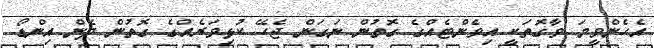
އެހެންވީމަ ވާގޮތަކީ އިވެންޓެއްގެ ގޮތުން ނަގަން ޖެހޭ ކުޅިވަރެއްގެ ގޮތުން ދެން އިންޑޯ